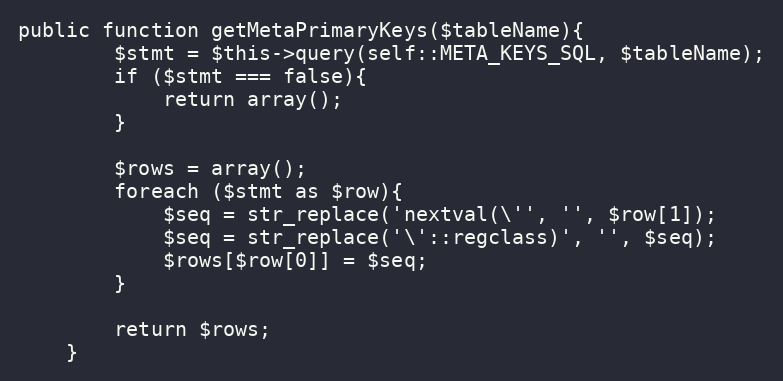
Language: PHP
public function getMetaPrimaryKeys($tableName){
        $stmt = $this->query(self::META_KEYS_SQL, $tableName);
        if ($stmt === false){
            return array();
        }

        $rows = array();
        foreach ($stmt as $row){
            $seq = str_replace('nextval(\'', '', $row[1]);
            $seq = str_replace('\'::regclass)', '', $seq);
            $rows[$row[0]] = $seq;
        }

        return $rows;
    }